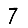
Digit: 7